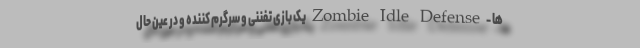
ها - Zombie Idle Defense یک بازی تفننی و سرگرم کننده و در عین حال